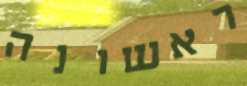
ראשונה